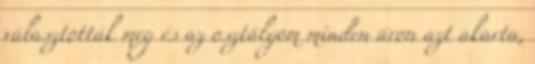
választották meg és az osztályom minden áron azt akarta,